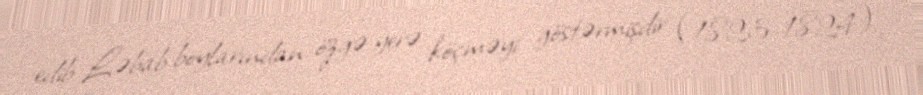
edib Ləbab boylarından özgə yerə köçməyi göstərmişdir (1823-1824).